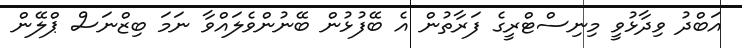
އަބްދު ވިދާޅުވީ މިނިސްޓްރީގެ ފަރާތުން އެ ބޭފުޅުން ބޭނުންވެލައްވާ ނަމަ ބިޒްނަސް ޕްލޭން